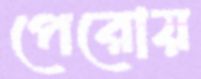
পেরোয়